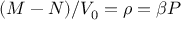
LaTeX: ( M - N ) / V _ { 0 } = \rho = \beta P